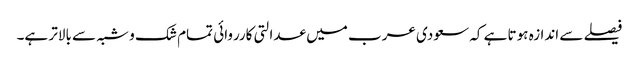
فیصلے سے اندازہ ہوتا ہے کہ سعودی عرب میں عدالتی کارروائی تمام شک و شبہ سے بالاتر ہے۔